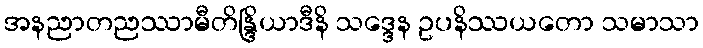
အနညာတညဿာမီတိန္ဒြိယာဒီနိ သဒ္ဒေန ဥပနိဿယတော သမာသာ